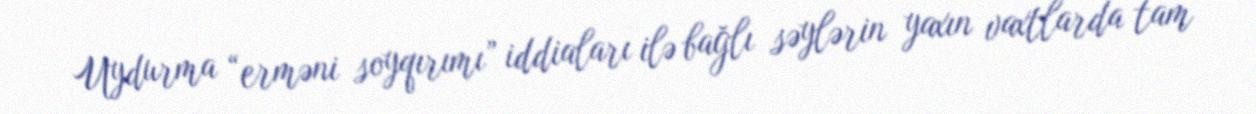
Uydurma “erməni soyqırımı” iddiaları ilə bağlı səylərin yaxın vaxtlarda tam